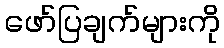
ဖော်ပြချက်များကို